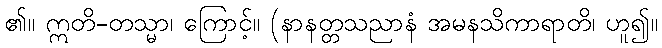
၏။ ဣတိ-တသ္မာ၊ ကြောင့်။ (နာနတ္တသညာနံ အမနသိကာရာတိ၊ ဟူ၍။